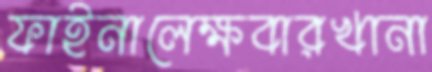
ফাইনালেক্ষবারখানা